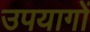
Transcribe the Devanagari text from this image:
उपयागों